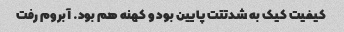
کیفیت کیک به شدتتت پایین بود و کهنه هم بود. آبروم رفت